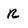
Character: r